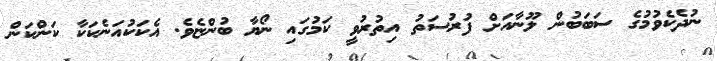
ނުދެކެވުމުގެ ސަބަބުން ލޫނާއަށް ފުރުސަތު އިތުރުވީ ކަމުގައި ނޯޔާ ބުންޏެވެ. އެކަކުއަނެކަކާ ކަންކަން